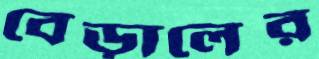
বেড়ালের